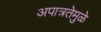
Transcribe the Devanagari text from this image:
अपात्रतेमुळे